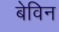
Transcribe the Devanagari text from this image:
बेविन